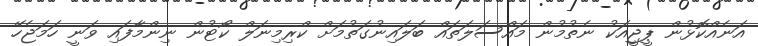
އަނެއްކޮޅުން ޕީޖީއަކު ނެތުމުން މައްސަލަތައް ބަލައިނުގަތުމަށް ކްރިމިނަލް ކޯޓުން ނިންމާފައި ވަނީ ހަމަޖެހޭ